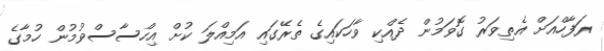
ރަފާހްއަށް އެތިވަރު ގޮވަމުން ދެއްކި ވާހަކައިގެ ތެރޭގައި އަމިއްލަ ކުށް އިހްސާސްވުމުން ހުމާގެ